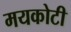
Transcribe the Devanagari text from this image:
मयकोटी